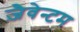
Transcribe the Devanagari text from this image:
ज़ैवेन्टम